Indian Civil Veterinary Department memoirs
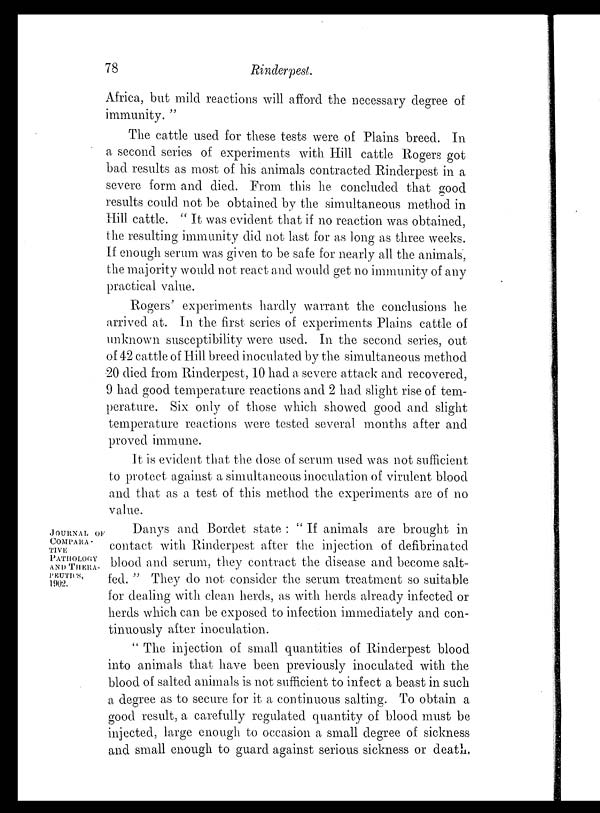
78
Rinderpest.
Africa, but mild reactions will afford the necessary degree of
immunity. "
The cattle used for these tests were of Plains breed. In
a second series of experiments with Hill cattle Rogers got
bad results as most of his animals contracted Rinderpest in a
severe form and died. From this he concluded that good
results could not be obtained by the simultaneous method in
Hill cattle. " It was evident that if no reaction was obtained,
the resulting immunity did not last for as long as three weeks.
If enough serum was given to be safe for nearly all the animals,
the majority would not react and would get no immunity of any
practical value.
Rogers' experiments hardly warrant the conclusions he
arrived at. In the first series of experiments Plains cattle of
unknown susceptibility were used. In the second series, out
of 42 cattle of Hill breed inoculated by the simultaneous method
20 died from Rinderpest, 10 had a severe attack and recovered,
9 had good temperature reactions and 2 had slight rise of tem-
perature. Six only of those which showed good and slight
temperature reactions were tested several months after and
proved immune.
It is evident that the dose of serum used was not sufficient
to protect against a simultaneous inoculation of virulent blood
and that as a test of this method the experiments are of no
value.
JOURNAL
OF
COMPARA¬
TIVE
PATHOLOGY
AND THERA¬
PEUTICS,
1902.
Danys and Bordet state : " If animals are brought in
contact with Rinderpest after the injection of defibrinated
blood and serum, they contract the disease and become salt¬
fed. " They do not consider the serum treatment so suitable
for dealing with clean herds, as with herds already infected or
herds which can be exposed to infection immediately and con-
tinuously after inoculation.
" The injection of small quantities of Rinderpest blood
into animals that have been previously inoculated with the
blood of salted animals is not sufficient to infect a beast in such
a degree as to secure for it a continuous salting. To obtain a
good result, a carefully regulated quantity of blood must be
injected, large enough to occasion a small degree of sickness
and small enough to guard against serious sickness or death,